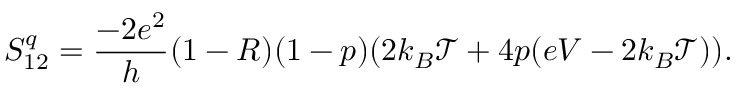
{ S _ { 1 2 } ^ { q } = \frac { - 2 e ^ { 2 } } { h } ( 1 - R ) ( 1 - p ) ( 2 k _ { B } \mathcal { T } + 4 p ( e V - 2 k _ { B } \mathcal { T } ) ) } .